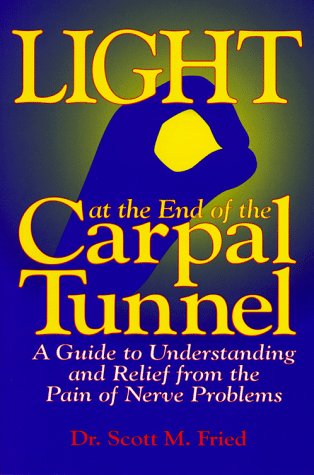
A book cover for Light at the End of the Carpal Tunnel; Scott M., Dr. Fried; Health, Fitness & Dieting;